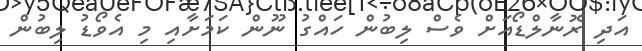
އަދި ރޮނާލްޑޯއަށް ވެސް ލިބުން ހައްގު ނޫން ކަމަށާއި މި އެވޯޑު ލިބުން